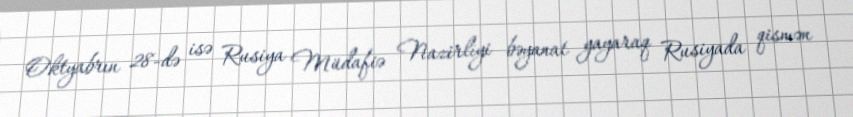
Oktyabrın 28-də isə Rusiya Müdafiə Nazirliyi bəyanat yayaraq Rusiyada qismən